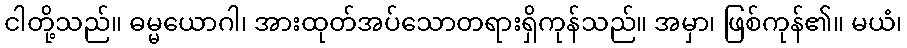
ငါတို့သည်။ ဓမ္မယောဂါ၊ အားထုတ်အပ်သောတရားရှိကုန်သည်။ အမှာ၊ ဖြစ်ကုန်၏။ မယံ၊